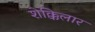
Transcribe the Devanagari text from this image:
शेक्किलार